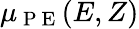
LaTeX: \mu_{\mathrm{~P~E~}}(E,Z)